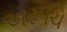
અરૂચિ